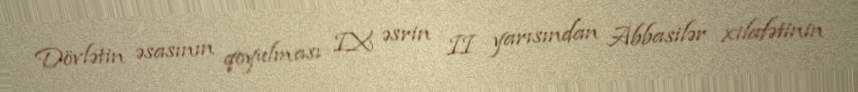
Dövlətin əsasının qoyulması IX əsrin II yarısından Abbasilər xilafətinin